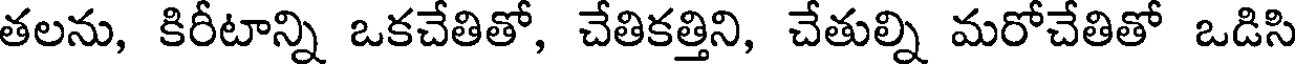
తలను, కిరీటాన్ని ఒకచేతితో, చేతికత్తిని, చేతుల్ని మరోచేతితో ఒడిసి